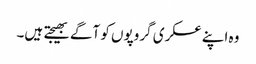
وہ اپنے عسکری گروپوں کو آگے بھیجتے ہیں۔